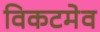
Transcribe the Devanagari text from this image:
विकटमेव